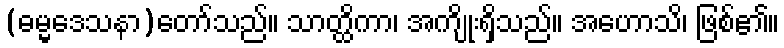
(ဓမ္မဒေသနာ)တော်သည်။ သာတ္ထိကာ၊ အကျိုးရှိသည်။ အဟောသိ၊ ဖြစ်၏။